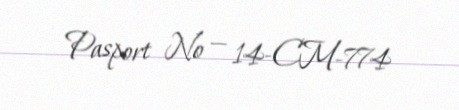
Pasport № — 14-CM-774